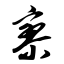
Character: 寥